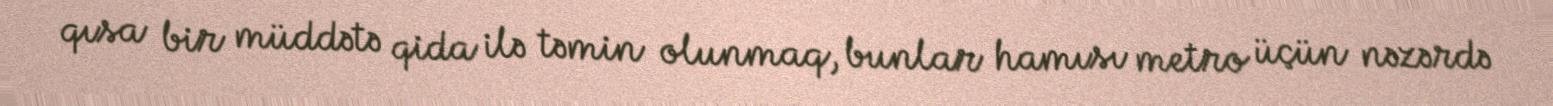
qısa bir müddətə qida ilə təmin olunmaq, bunlar hamısı metro üçün nəzərdə